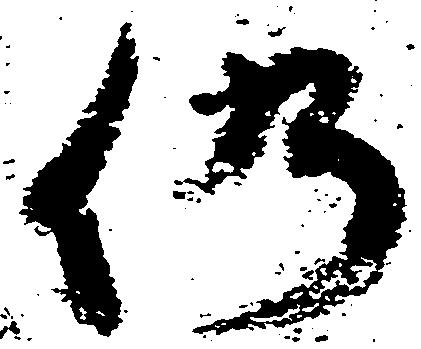
仍